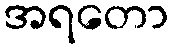
အရတော